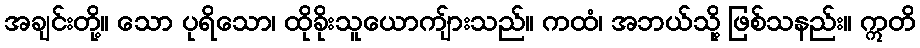
အချင်းတို့။ သော ပုရိသော၊ ထိုခိုးသူယောကျ်ားသည်။ ကထံ၊ အဘယ်သို့ ဖြစ်သနည်း။ ဣတိ